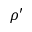
\rho ^ { \prime }